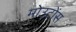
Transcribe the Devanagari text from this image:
मोउटोंस